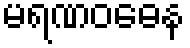
မရဏဝဓေန